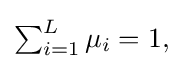
{\textstyle \sum _{i=1}^{L}\mu _{i}=1,}